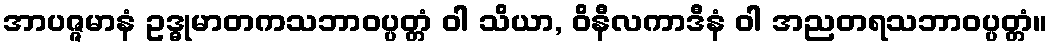
အာပဇ္ဇမာနံ ဥဒ္ဓုမာတကသဘာဝပ္ပတ္တံ ဝါ သိယာ, ဝိနီလကာဒီနံ ဝါ အညတရသဘာဝပ္ပတ္တံ။